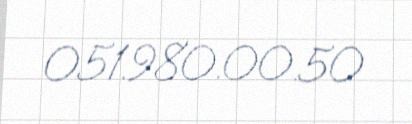
051.980.00.50